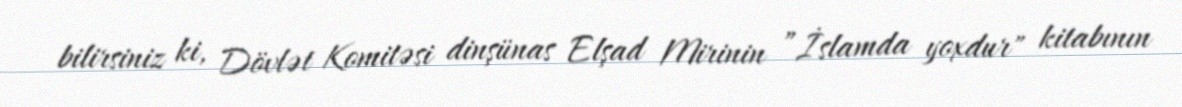
bilirsiniz ki, Dövlət Komitəsi dinşünas Elşad Mirinin ”İslamda yoxdur" kitabının